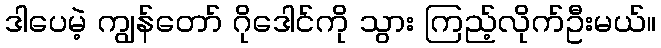
ဒါပေမဲ့ ကျွန်တော် ဂိုဒေါင်ကို သွား ကြည့်လိုက်ဦးမယ်။